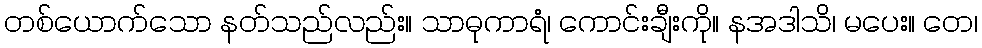
တစ်ယောက်သော နတ်သည်လည်း။ သာဓုကာရံ၊ ကောင်းချီးကို။ နအဒါသိ၊ မပေး။ တေ၊